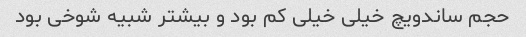
حجم ساندویچ خیلی خیلی کم بود و بیشتر شبیه شوخی بود